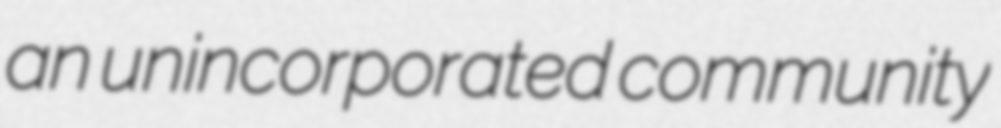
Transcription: an unincorporated community